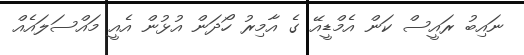
ނައިބު ރައީސް ކަން އެމްޑީއޭ ގެ އާމިރު ހޯދަން އުޅުން އެއީ މައްސަލައެއް